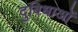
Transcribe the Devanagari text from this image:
दुबिधाओं